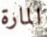
المارة